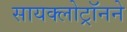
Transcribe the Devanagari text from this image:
सायक्लोट्रॉनने